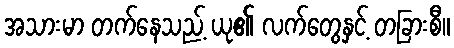
အသားမာ တက်နေသည့် ယု၏ လက်တွေနှင့် တခြားစီ။